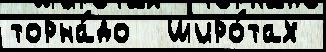
торна́до  широ́тах